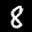
Label: 8